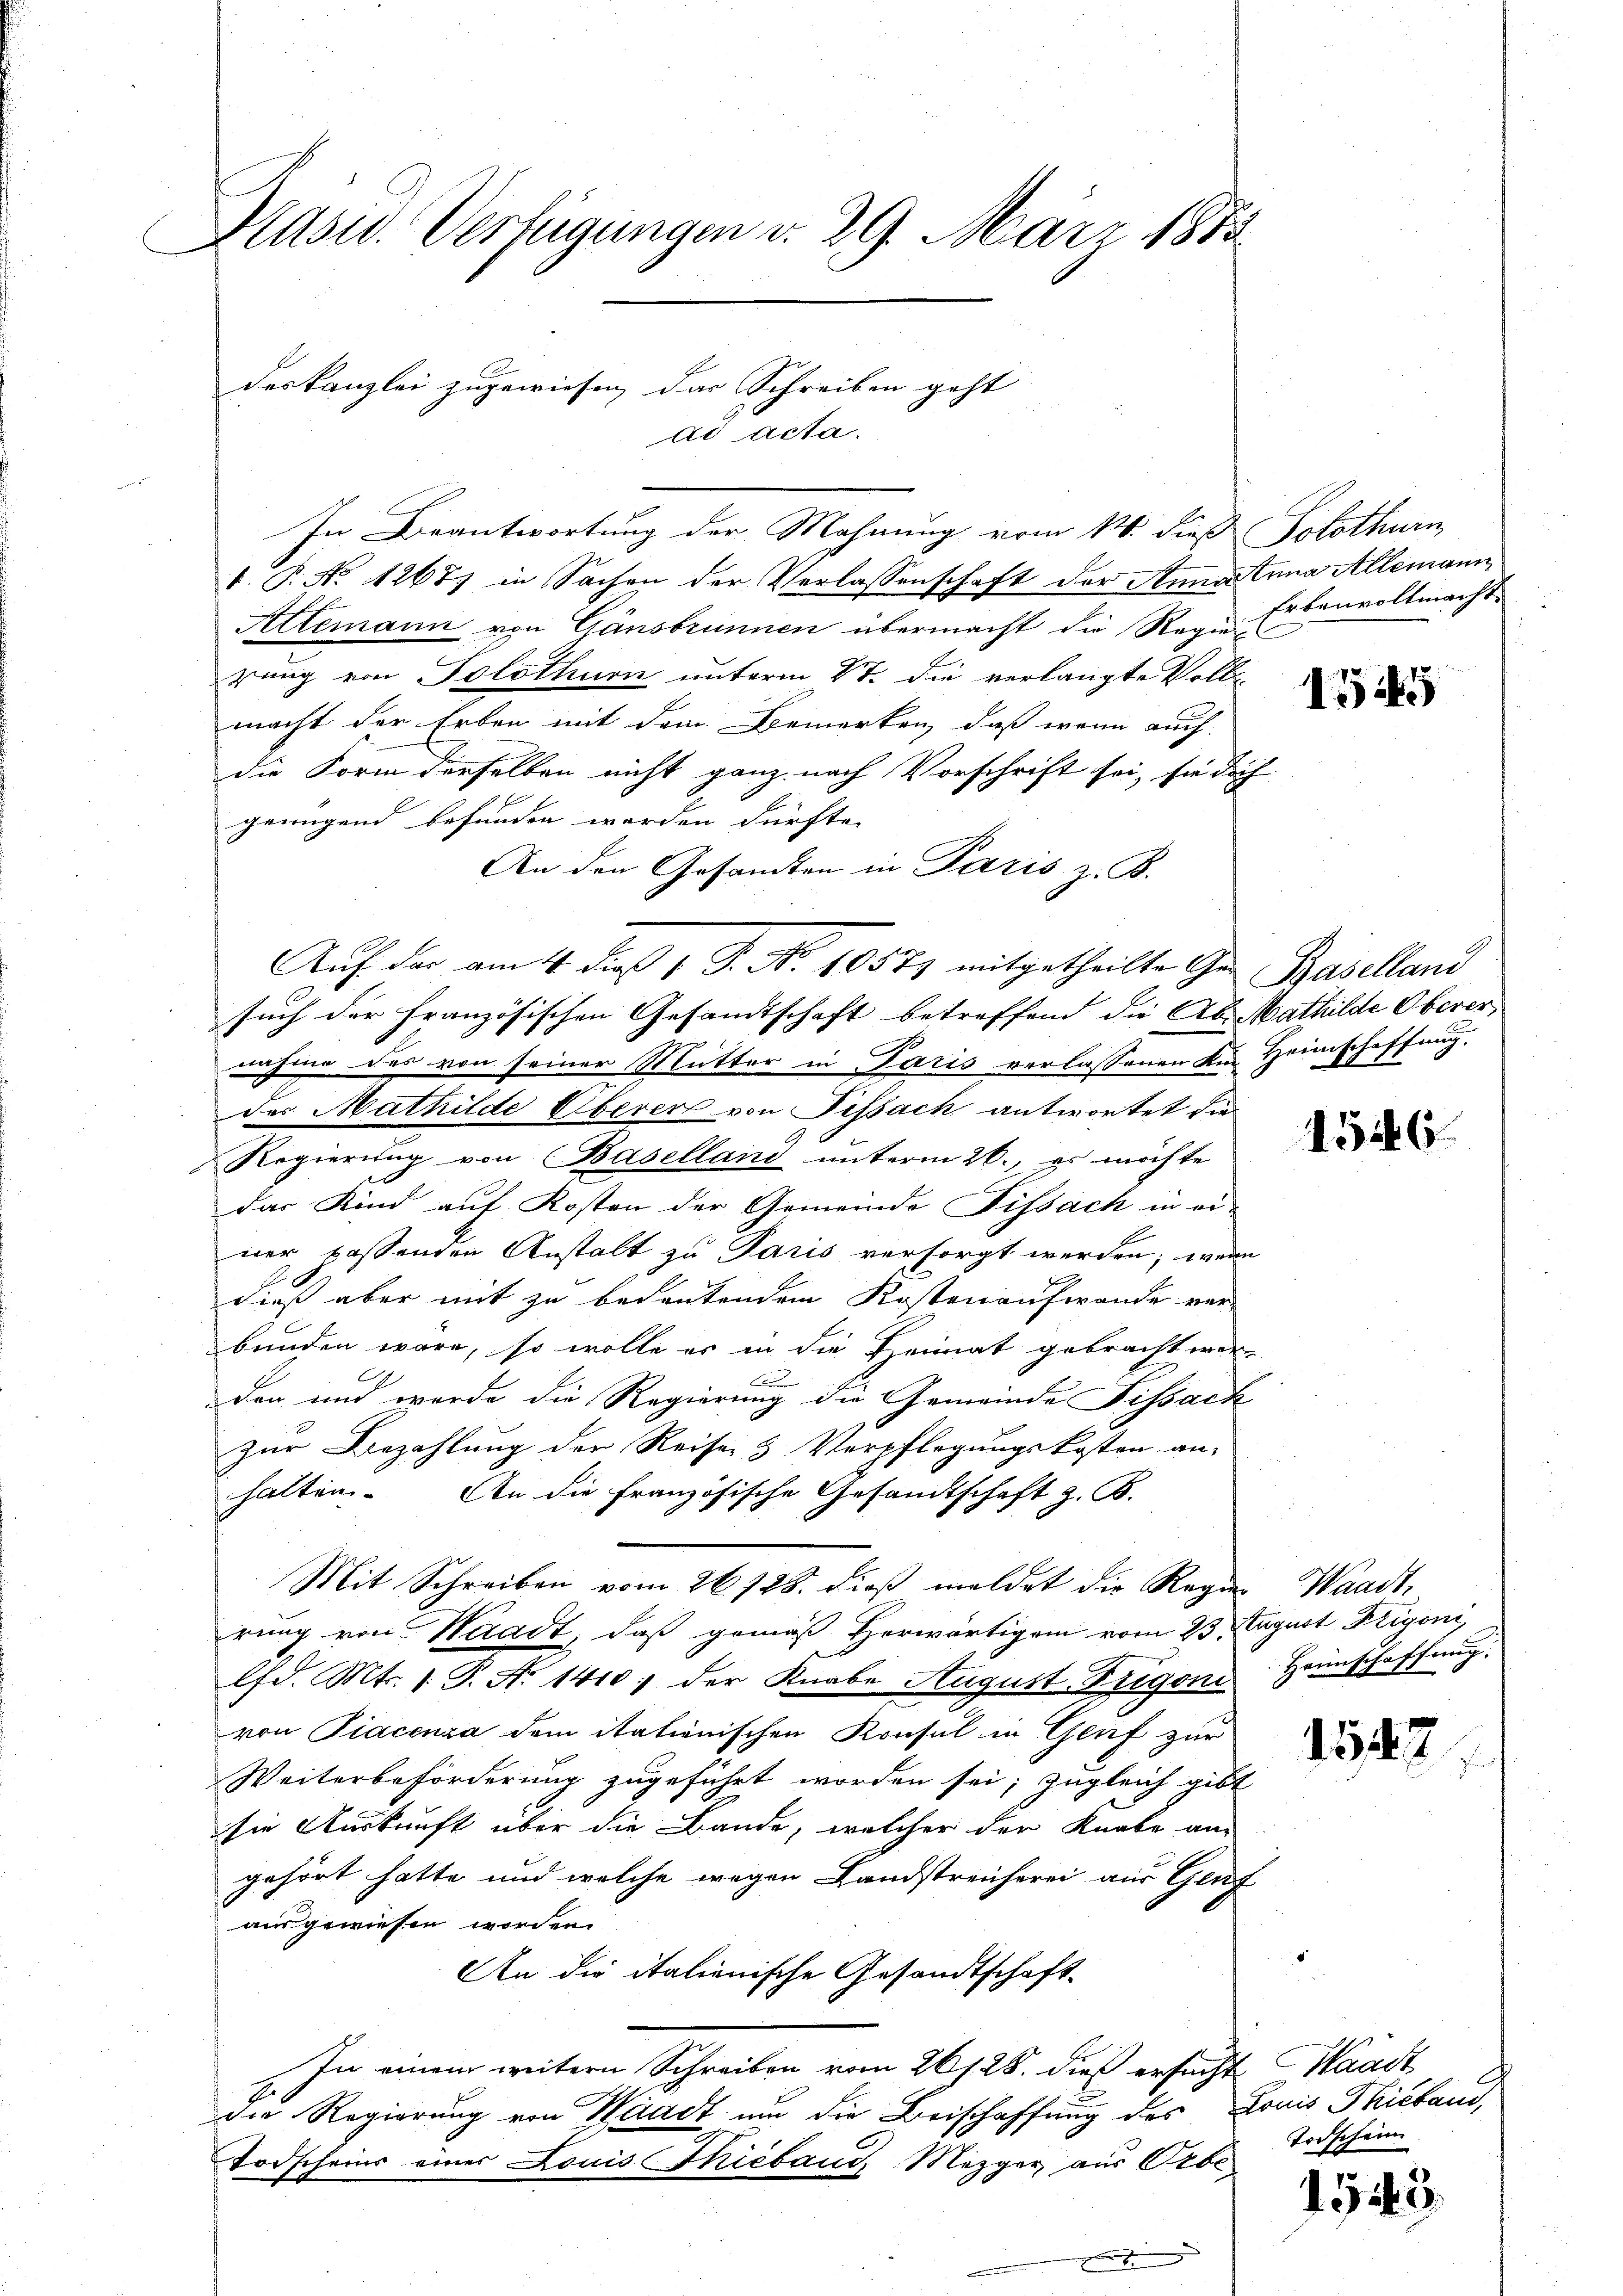
Hasw. Verfügungen d. 29. März 1888

In Beantwortung der Mahnung vom 14. dieß Solothurn,
V. P. No 1267) in Sachen der Verlassenschaft der Stundtnna Allemann,
Allemann von Gänsbrunnen übermacht die Rezu Erbenvollmacht
rung von Solothurn unterm 27. die verlangte Voll-
macht der Erben mit dem Bemerken, daß wenn auch
die Form derselben nicht ganz nach Vorschrift sei, sie doch
genügend befunden worden dürfte. |
An den Gesandten in Paris z. B.
such der französischen Gesandtschaft betreffend die Ab. Mathilde Oberer,
nahme das von seiner Mutter in Paris verlassenen Ein Heimschaffung.
des Mathilde Oberer von Pissach antwortet die
Regierung von Baselland unterm 26., es möchte
das Kind auf Kosten der Gemeinde Fissach in ei-
ner passenden Anstalt zu Paris versorgt werden, wenn
dieß aber mit zu bedeutenden Kostenaufwande ver-
bunden wäre, so wolle er in die Heimat gebracht wer-
A
den und werde die Regierung die Gemeinde Fissack
zur Bezahlung der Reise & Verpflegungskosten an-
halten. An die französische Gesandtschaft z. B.
Mit Schreiben vom 26128. dieß meldet die Regen Waadt,
rung von Waadt, daß gemäß herwärtigem vom 23. August Frigoni,
lfd. Mts. 1. P. Nr. 1410; der Knabe August Trigoni Heimschaffung
von Piacenza dem itationischen Konsul in Genf zur
Weiterbeförderung zugeführt worden sei; zugleich gibt
sie Auskunft über die Bande, welcher der Knabe an
gehört hatte und welche wegen Landstreicherei aus Genf
ausgewiesen worden.
An die italienische Gesandtschaft
In einem weitern Schreiben vom 261. 28. dieß ersucht Waadt
die Regierung von Waadt um die Beischaffung des Louis Thieraus,
Todscheins einer Louis Thieband, Mezger aus Orbe,

deskanzlei zugewiesen das Schreiben geht
ad acta.

Auf der am 4. dieß 1 S. No. 1057) mitgetheilte Ge Baselland

1545

1526

1547

Todschein

1543.